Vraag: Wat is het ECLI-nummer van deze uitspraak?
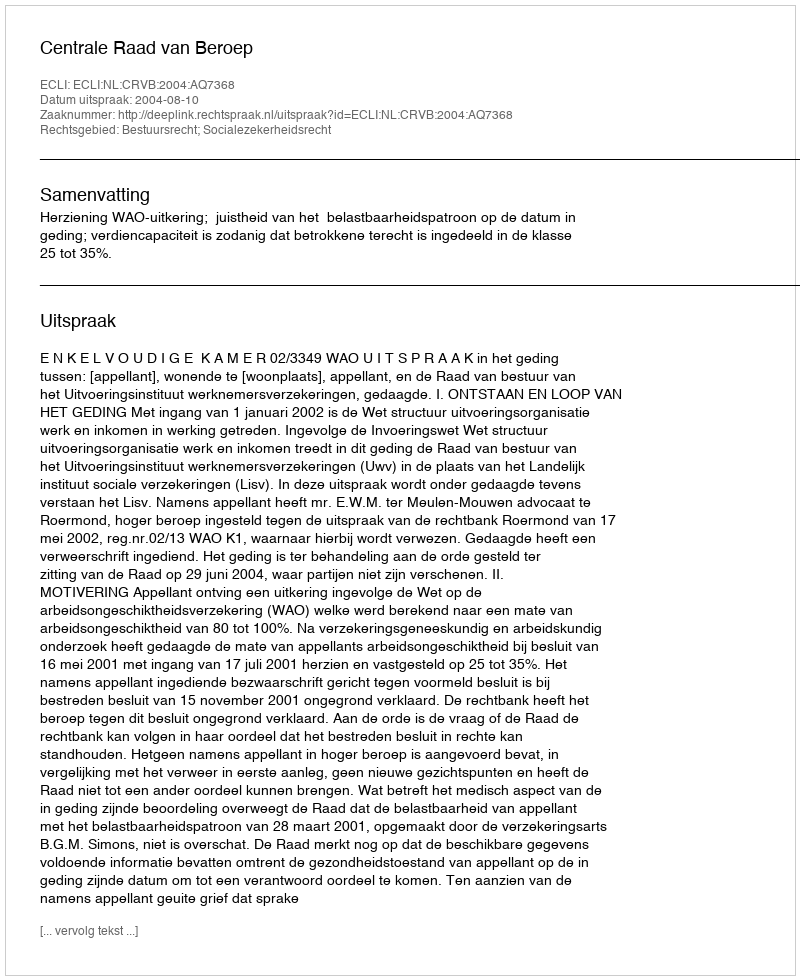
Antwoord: ECLI:NL:CRVB:2004:AQ7368